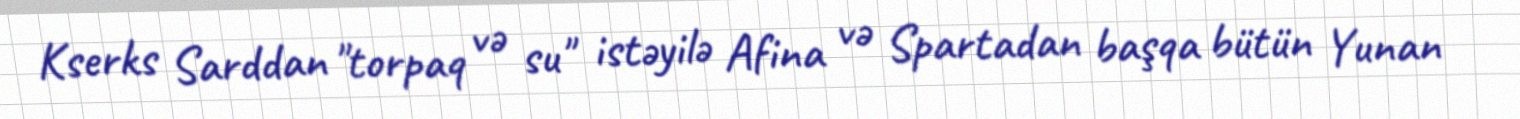
Kserks Sarddan "torpaq və su" istəyilə Afina və Spartadan başqa bütün Yunan